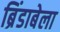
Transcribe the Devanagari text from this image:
ब्रिंडाबेला